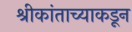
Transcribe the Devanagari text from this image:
श्रीकांताच्याकडून